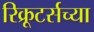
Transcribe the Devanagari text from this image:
रिक्रूटर्सच्या